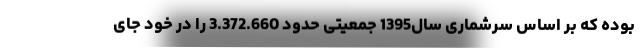
بوده که بر اساس سرشماری سال1395 جمعیتی حدود 3.372.660 را در خود جای